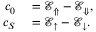
\begin{array} { r l } { c _ { 0 } } & { { } = \mathcal { E } _ { \Uparrow } - \mathcal { E } _ { \Downarrow } , } \\ { c _ { S } } & { { } = \mathcal { E } _ { \uparrow } - \mathcal { E } _ { \downarrow } . } \end{array}